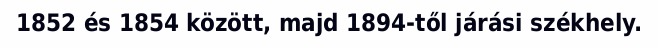
1852 és 1854 között, majd 1894-től járási székhely.